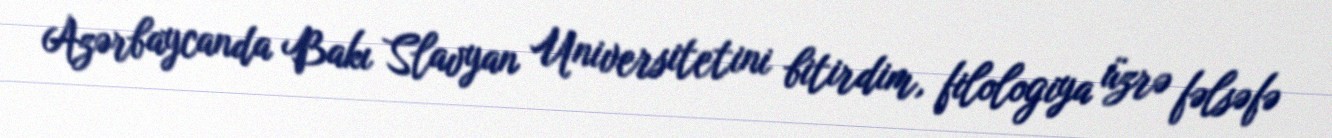
Azərbaycanda Bakı Slavyan Universitetini bitirdim, filologiya üzrə fəlsəfə